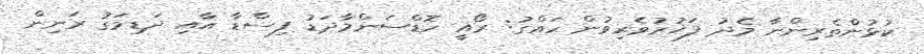
ކުޅުންތެރިންނާ މެދު ފަޚުރުވެރިވުން ހައްގު: ރޯއީ ހޮޑްސަންމާދަޑު ފިސްޑާ އާއި ދަޑިމަގު ރަނިން